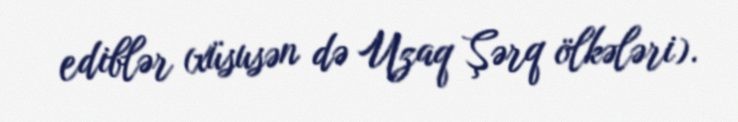
ediblər (xüsusən də Uzaq Şərq ölkələri).